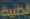
الصبية